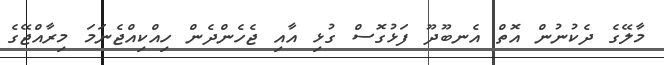
މާލޭގެ ދެކުނުން އޮތް އެނބޫދޫ ފަޅުގޮސް ގުޅި އާއި ޖެހެންދެން ހިއްކިއްޖެނަމަ މިރާއްޖޭގެ